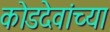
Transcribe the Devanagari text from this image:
कोडदेवांच्या